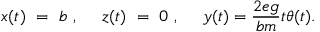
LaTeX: x ( t ) ~ = ~ b ~ , ~ ~ ~ ~ z ( t ) ~ = ~ 0 ~ , ~ ~ ~ ~ y ( t ) = { \frac { 2 e g } { b m } } t \theta ( t ) .